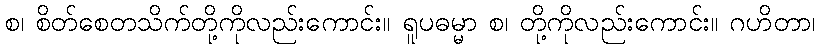
စ၊ စိတ်စေတသိက်တို့ကိုလည်းကောင်း။ ရူပဓမ္မာ စ၊ တို့ကိုလည်းကောင်း။ ဂဟိတာ၊